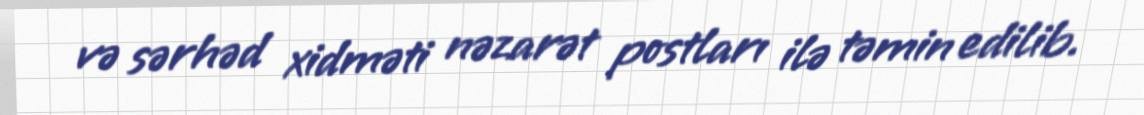
və sərhəd xidməti nəzarət postları ilə təmin edilib.